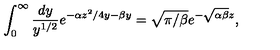
\int _ { 0 } ^ { \infty } \frac { d y } { y ^ { 1 / 2 } } e ^ { - \alpha z ^ { 2 } / 4 y - \beta y } = \sqrt { \pi / \beta } e ^ { - \sqrt { \alpha \beta } z } ,